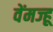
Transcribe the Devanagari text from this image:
वेंमज्हू